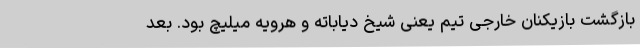
بازگشت بازیکنان خارجی تیم یعنی شیخ دیاباته و هرویه میلیچ بود. بعد